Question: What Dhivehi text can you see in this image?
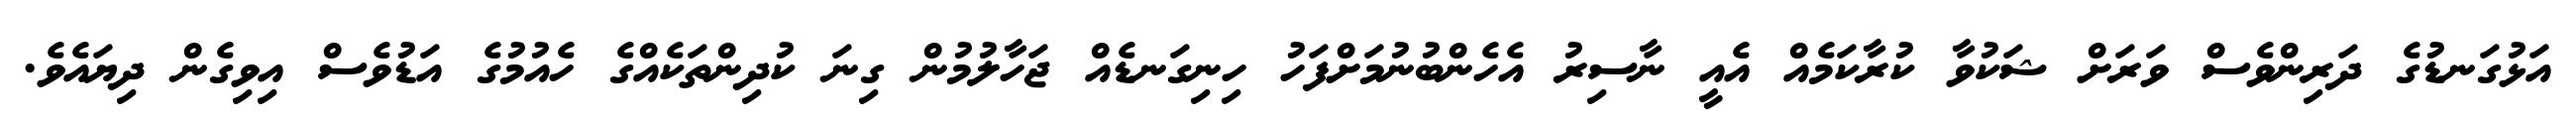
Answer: އަޅުގަނޑުގެ ދަރިންވެސް ވަރަށް ޝަކުވާ ކުރާކަމެއް އެއީ ނާސިރު އެހެންބުނުމަށްފަހު ހިނިގަނޑެއް ޖަހާލުމުން ގިނަ ކުދިންތަކެއްގެ ހެއުމުގެ އަޑުވެސް އިވިގެން ދިޔައެވެ.